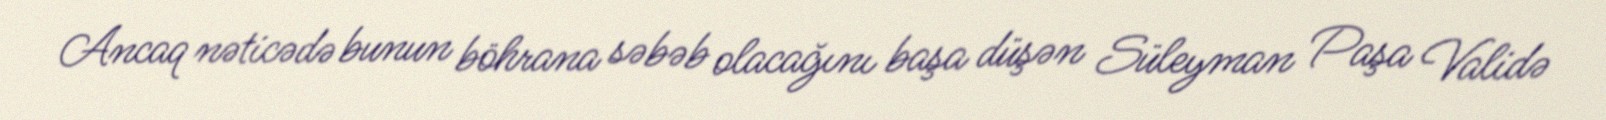
Ancaq nəticədə bunun böhrana səbəb olacağını başa düşən Süleyman Paşa Validə